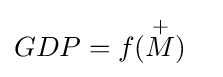
GDP=f({\overset {+}{M}})\quad \!